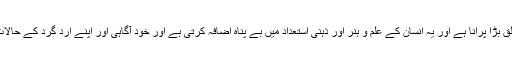
کہتے ہیں کہ کتاب کا انسان سے تعلق بڑا پرانا ہے اور یہ انسان کے علم و ہنر اور ذہنی استعداد میں بے پناہ اضافہ کرتی ہے اور خود آگاہی اور اپنے ارد گرد کے حالات و واقعات کا ادراک پیدا کرتی ہیں۔